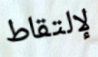
لإلتقاط